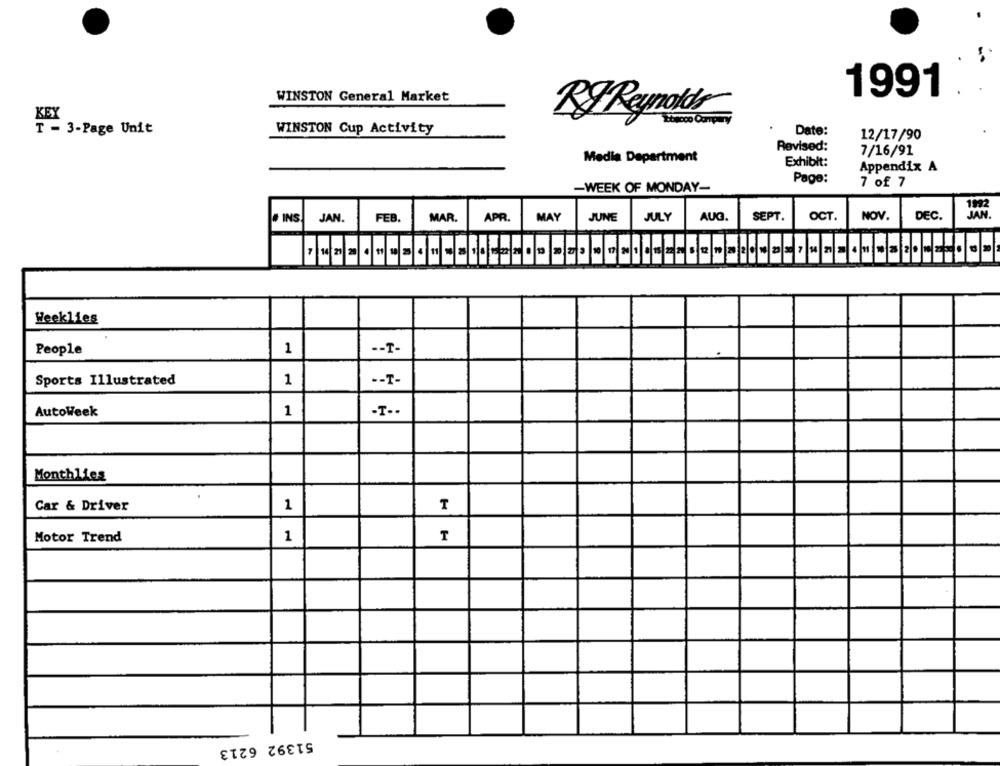
1991 . .
WINSTON General Market
Ry Reynolds
I - 3-Page Unit
WINSTON Cup Activity
Date:
12/17/90
Revised:
7/16/91
Media Department
Exhibit:
Appendix A
Page:
7 of 7
-WEEK OF MONDAY-
NOV.
. INS
JAN.
FEB
MAR.
APR.
MAY
JUNE
JULY
AUG.
SEPT.
OCT.
DEC.
7|1|2|2|1 1|1|2|4|1|||2|11|122 0|1|2|2 3|1|1|2/1 1/16/77 5/12/ 10|2
Weeklies
People
1
-- T-
Sports Illustrated
1
-- T-
AutoWeek
1
-T ..
Monthlies
T
Car & Driver
1
T
Motor Trend
1
51392 6213